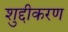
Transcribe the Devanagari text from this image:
शुद्दीकरण